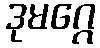
ဒုမဂ္ဂေ